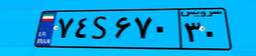
۵۵S۰۱۳۰۸